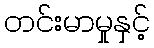
တင်းမာမှုနှင့်